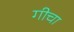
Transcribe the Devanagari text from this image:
गीचा